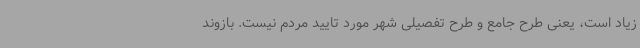
زیاد است، یعنی طرح جامع و طرح تفصیلی شهر مورد تایید مردم نیست. بازوند